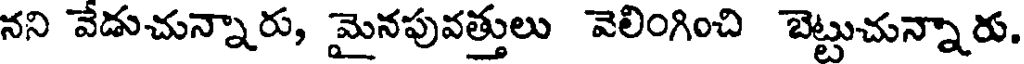
నని వేడుచున్నారు, మైనపువత్తులు వెలింగించి బెట్టుచున్నారు.